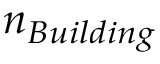
n _ { B u i l d i n g } \,